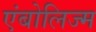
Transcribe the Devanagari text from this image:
एंबोलिज्म